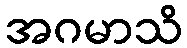
အဂမာသိ